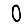
Digit: 0